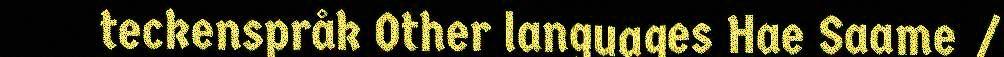
teckenspråk Other languages Hae Saame /